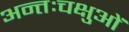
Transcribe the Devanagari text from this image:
अन्तःचक्षुओं